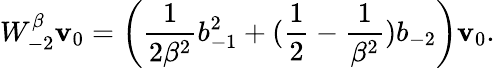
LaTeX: W_{-2}^{\beta}\mathbf{v}_{0}=\left(\frac{{1}}{{2\beta^{2}}}b_{-1}^{2}+(\frac{{1}}{{2}}-\frac{{1}}{{\beta^{2}}})b_{-2}\right)\mathbf{v}_{0}.